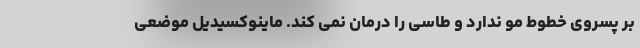
بر پسروی خطوط مو ندارد و طاسی را درمان نمی کند. ماینوکسیدیل موضعی